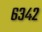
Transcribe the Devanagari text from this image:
६३४२